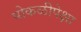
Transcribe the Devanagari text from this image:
पोकळीपेक्षा